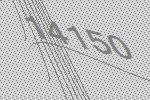
14150